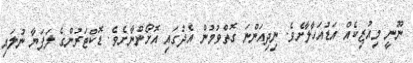
ނޫނީ މިއުޒިކެއް އަޑުއަހާލާށެވެ. ނިދިއަންނަ ގޮތްވުމުން އެދުގައި އޮށޯންނާށެވެ. ޑޮކްޓަރުންގެ ލަފަޔާ ނުލައި